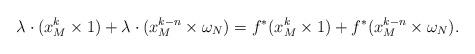
LaTeX: \begin{align*}\lambda\cdot(x_M^k\times1)+\lambda\cdot(x_M^{k-n}\times\omega_{N})=f^*(x_M^k\times1)+f^*(x_M^{k-n}\times\omega_{N}).\end{align*}